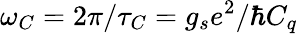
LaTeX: \omega_{C}=2\pi/\tau_{C}=g_{s}e^{2}/\hbar C_{q}